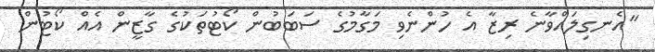
"އެނގިލައްވާނެ ރިޒާ އެ ހުންނެވި މަގާމުގެ ސަބަބުން ކޯޓުތަކުގެ ގާޒީން އެއް ކޯޓުން